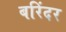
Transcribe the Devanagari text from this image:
बरिंदर